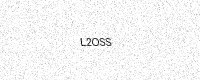
Text: L2OSS